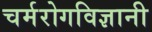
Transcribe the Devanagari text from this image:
चर्मरोगविज्ञानी